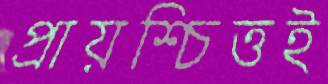
প্রায়শ্চিত্তই